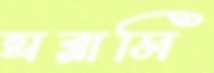
ঘরামি